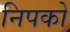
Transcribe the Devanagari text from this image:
निपको